Civil Veterinary Dept. Bombay admin report 1914-1922 - 1914-1922
Year: 1914
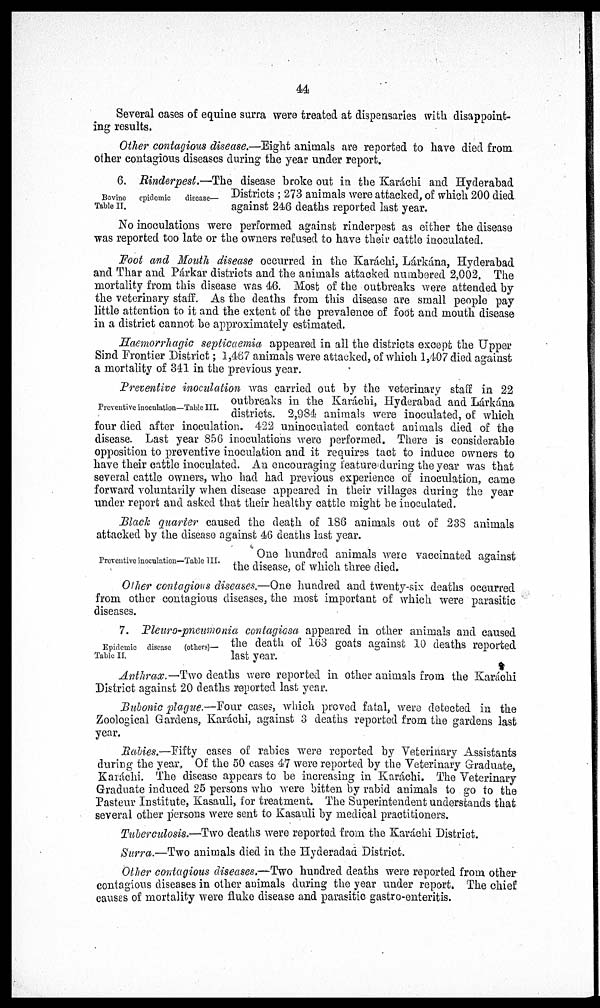
44
Several cases of equine surra were treated at dispensaries with disappoint-
ing results.
Other contagious disease.—Eight animals are reported to have died from
other contagious diseases during the year under report.
Bovine
epidemic
disease—
Table II.
6. Rinderpest.—The disease broke out in the Karáchi and Hyderabad
Districts; 273 animals were attacked, of which 200 died
against 246 deaths reported last year.
No inoculations were performed against rinderpest as either the disease
was reported too late or the owners refused to have their cattle inoculated.
Foot and Mouth disease occurred in the Karáchi, Lárkána, Hyderabad
and Thar and Párkar districts and the animals attacked numbered 2,002, The
mortality from this disease was 46. Most of the outbreaks were attended by
the veterinary staff. As the deaths from this disease are small people pay
little attention to it and the extent of the prevalence of foot and mouth disease
in a district cannot be approximately estimated.
Haemorrhagic septicaemia appeared in all the districts except the Upper
Sind Frontier District; 1,467 animals were attacked, of which 1,407 died against
a mortality of 341 in the previous year.
Preventive inoculation—Table III.
Preventive inoculation was carried out by the veterinary staff in 22
outbreaks in the Karáchi, Hyderabad and Lárkána
districts. 2,984 animals were inoculated, of which
four died after inoculation. 422 uninoculated contact animals died of the
disease. Last year 856 inoculations were performed. There is considerable
opposition to preventive inoculation and it requires tact to induce owners to
have their cattle inoculated. An encouraging feature during the year was that
several cattle owners, who had had previous experience of inoculation, came
forward voluntarily when disease appeared in their villages during the year
under report and asked that their healthy cattle might be inoculated.
Black quarter caused the death of 186 animals out of 238 animals
attacked by the disease against 46 deaths last year.
Preventive inoculation—Table III.
One hundred animals were vaccinated against
the disease, of which three died.
Other contagious diseases.—One hundred and twenty-six deaths occurred
from other contagious diseases, the most important of which were parasitic
diseases.
Epidemic disease (others)—
Table II.
7. Pleuro-pneumonia contagiosa appeared in other animals and caused
the death of 163 goats against 10 deaths reported
last year.
Anthrax. —Two deaths were reported in other animals from the Karáchi
District against 20 deaths reported last year.
Bubonic plague.—Four cases, which proved fatal, were detected in the
Zoological Gardens, Karáchi, against 3 deaths reported from the gardens last
year.
Rabies.—Fifty cases of rabies were reported by Veterinary Assistants
during the year. Of the 50 cases 47 were reported by the Veterinary Graduate,
Karáchi. The disease appears to be increasing in Karáchi. The Veterinary
Graduate induced 25 persons who were bitten by rabid animals to go to the
Pasteur Institute, Kasauli, for treatment. The Superintendent understands that
several other persons were sent to Kasauli by medical practitioners.
Tuberculosis.—Two deaths were reported from the Karáchi District.
Surra.—Two animals died in the Hyderadad District.
Other contagious diseases.—Two hundred deaths were reported from other
contagious diseases in other animals during the year under report. The chief
causes of mortality were fluke disease and parasitic gastro-enteritis.